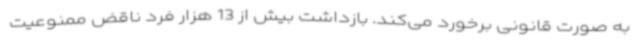
به صورت قانونی برخورد می‌کند. بازداشت بیش از 13 هزار فرد ناقض ممنوعیت